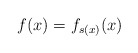
\begin{align*} f(x) = f_{s(x)}(x)\end{align*}